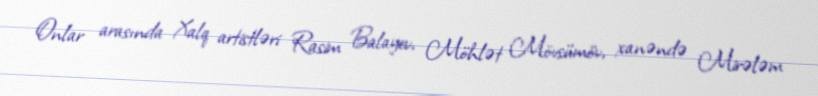
Onlar arasında Xalq artistləri Rasim Balayev, Möhlət Mövsümöv, xanəndə Mirələm